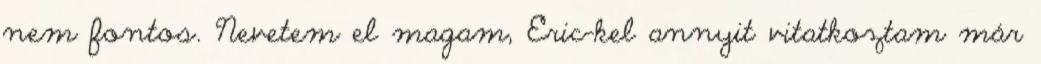
nem fontos. Nevetem el magam, Eric-kel annyit vitatkoztam már